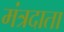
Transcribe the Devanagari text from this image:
मंत्रदाता